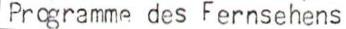
Programme des Fernsehens